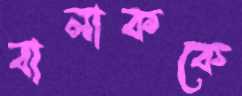
বালাককে